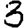
Digit: 3